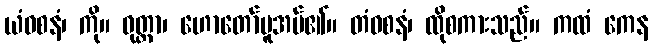
ယံဝစနံ၊ ကို။ ဝုတ္တာ၊ ဟောတော်မူအပ်၏။ တံဝစနံ၊ ထိုစကားသည်။ ကထံ ကေန